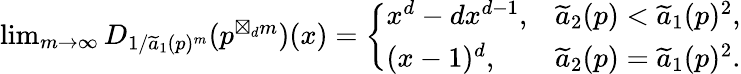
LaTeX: \begin{array}{r}{\operatorname*{lim}_{m\rightarrow\infty}D_{1/\widetilde{a}_{1}(p)^{m}}(p^{\boxtimes_{d}m})(x)=\left\{ \begin{array}{ll}{x^{d}-dx^{d-1},}&{\widetilde{a}_{2}(p)<\widetilde{a}_{1}(p)^{2},}\\ {(x-1)^{d},}&{\widetilde{a}_{2}(p)=\widetilde{a}_{1}(p)^{2}.}\end{array}\right.}\end{array}